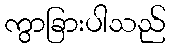
ကွာခြားပါသည်